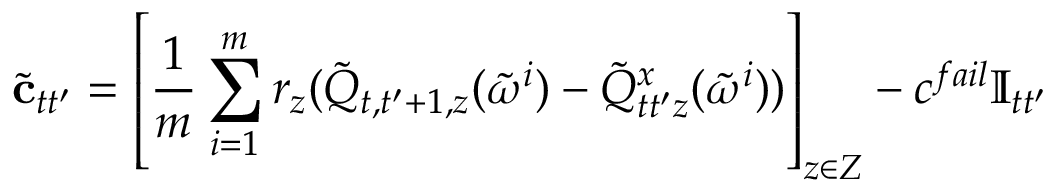
\tilde { { \mathbf { c } } } _ { t t ^ { \prime } } = \left[ \frac { 1 } { m } \sum _ { i = 1 } ^ { m } r _ { z } ( \tilde { Q } _ { t , t ^ { \prime } + 1 , z } ( \tilde { \omega } ^ { i } ) - \tilde { Q } _ { t t ^ { \prime } z } ^ { x } ( \tilde { \omega } ^ { i } ) ) \right] _ { z \in { \cal Z } } - c ^ { f a i l } \mathbb { I } _ { t t ^ { \prime } }